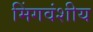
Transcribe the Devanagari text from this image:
मिंगवंशीय